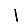
Digit: 1